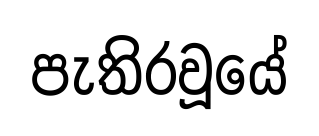
පැතිරවූයේ